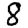
Digit: 8